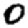
Digit: 0